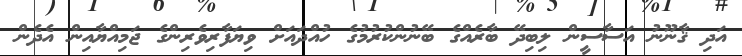
އަދި ޤާނޫނު އަސާސީން ލިބިދޭ ބާރެއްގެ ބޭނުންކުރުމުގެ ހުއްދައަށް ވިޔަފާރިވެރިންގެ ޖަމިއްޔާއިން އެދެން